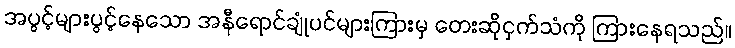
အပွင့်များပွင့်နေသော အနီရောင်ချုံပင်များကြားမှ တေးဆိုငှက်သံကို ကြားနေရသည်။